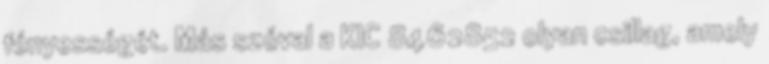
fényességét. Más szóval a KIC 8462852 olyan csillag, amely